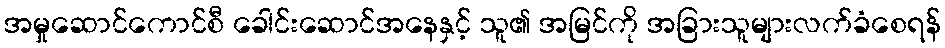
အမှုဆောင်ကောင်စီ ခေါင်းဆောင်အနေနှင့် သူ၏ အမြင်ကို အခြားသူများလက်ခံစေရန်